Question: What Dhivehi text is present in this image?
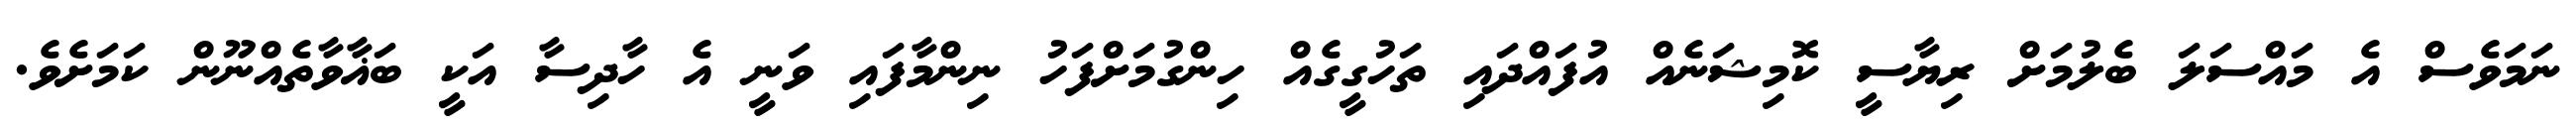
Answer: ނަމަވެސް އެ މައްސަލަ ބެލުމަށް ރިޔާސީ ކޮމިޝަނެއް އުފައްދައި ތަހުގީގެއް ހިންގުމަށްފަހު ނިންމާފައި ވަނީ އެ ހާދިސާ އަކީ ބަޣާވާތެއްނޫން ކަމަށެވެ.